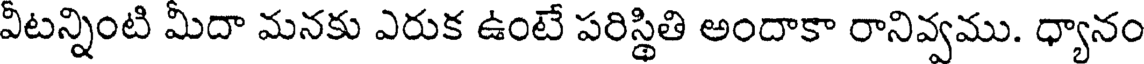
వీటన్నింటి మీదా మనకు ఎరుక ఉంటే పరిస్థితి అందాకా రానివ్వము. ధ్యానం